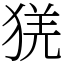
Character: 猐